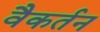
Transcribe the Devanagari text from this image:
वैकर्तन